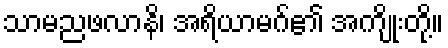
သာမညဖလာနိ၊ အရိယာမဂ်၏ အကျိုးတို့။